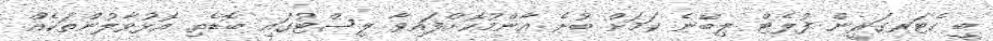
ބީ ކެޓަރގަރީން ފުލެޓް ލިބޭނެ ކަމަށް ބުނެ އާންމުކޮށްފައިވާ ލިސްޓުގައި ބޮޑެތި އޮޅުވާލުންތަކެއް